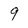
Character: 9